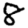
Digit: 8